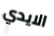
الايدي